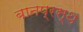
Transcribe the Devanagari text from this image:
बानप्रस्‍थ